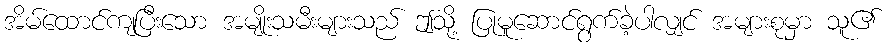
အိမ်ထောင်ကျပြီးသော အမျိုးသမီးများသည် ဤသို့ ပြုမူဆောင်ရွက်ခဲ့ပါလျှင် အများစုမှာ သူ၏